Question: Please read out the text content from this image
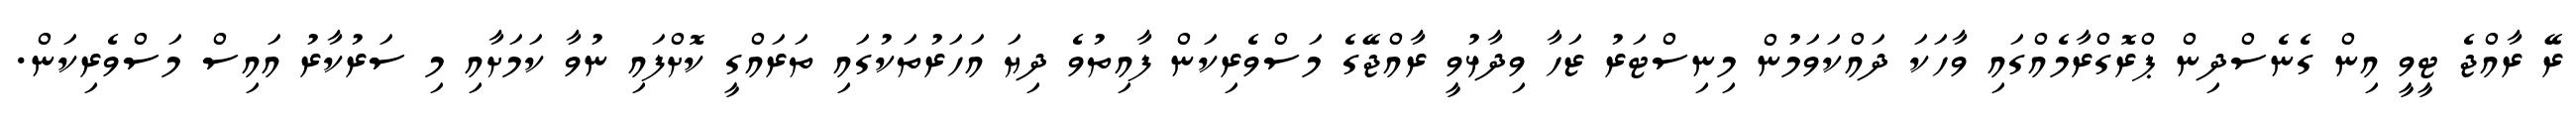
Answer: ރޭ ރާއްޖެ ޓީވީ އިން ގެނެސްދިން ޕްރޮގްރާމެއްގައި ވާހަކަ ދައްކަވަމުން މިނިސްޓަރު ޒަހާ ވިދާޅުވީ ރާއްޖޭގެ މަސްވެރިކަން ފާއިތުވެ ދިޔަ އަހަރުތަކުގައި ތަރައްގީ ކޮށްފައި ނުވާ ކަމަށާއި މި ސަރުކާރު އައިސް މަސްވެރިކަން.